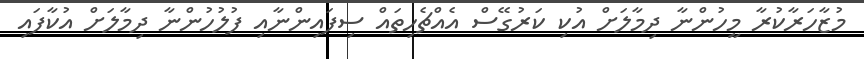
މުޒާހަރާކުރާ މީހުންނާ ދިމާލަށް އުކި ކަރުގޭސް އެއްޗެހިތައް ސިފައިންނާއި ފުލުހުންނާ ދިމާލަށް އުކާފައި